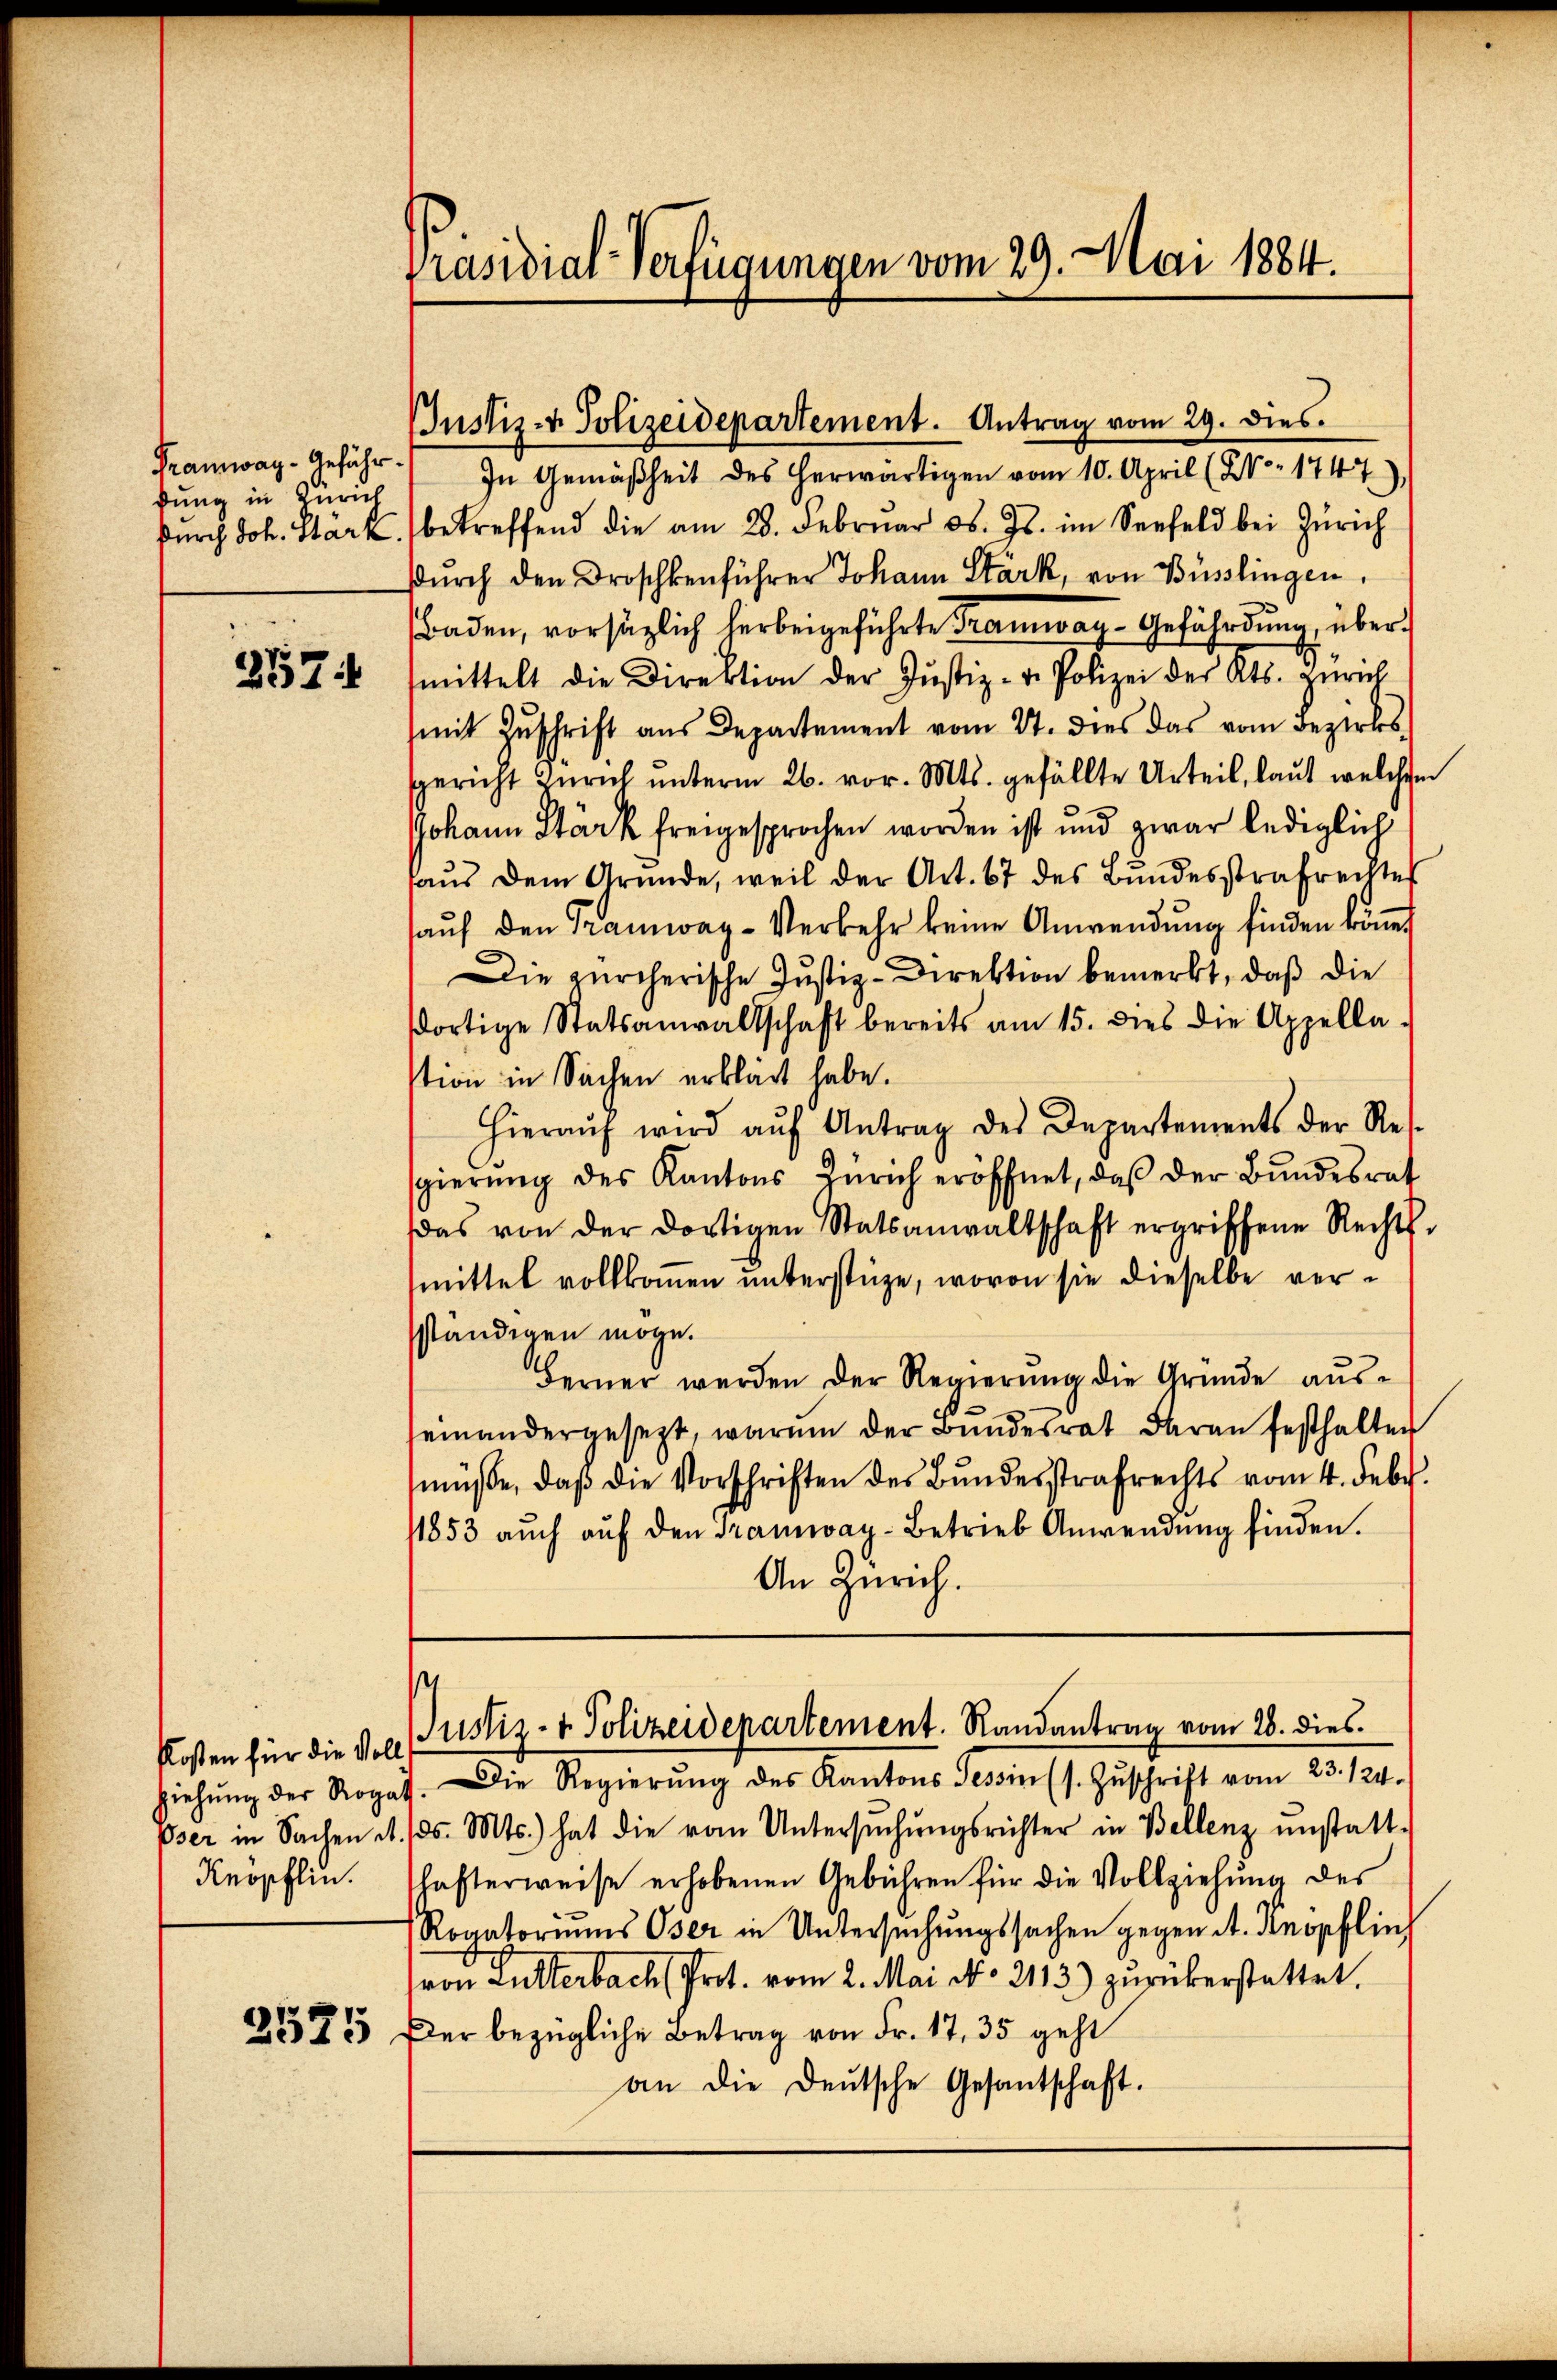
Tramway-Gefähr.
dung in Zürich
durch Joh. Stark.

257:

Knöpflin.

2525

f

Präsidial-Verfügungen vom 29. Mai 1884.

In Gemäßheit des herwärtigen vom 10. April (XVo. 1747)
betreffend die am 28. Febrŭar d. Js. im Seefeld bei Zürich
dŭrch den Droschkenführer Johann Stark, von Büsslingen,
Baden, vorsätzlich herbeigeführte Tramway-Gefährdung, übermittelt die Direktion der Justiz- u. Polizei des Kts. Zürich
(mit Zŭschrift aus Departement vom 27. dies das vom Bezirks-
gericht Zürich unterm 26. vor. Mts. gefällte Urteil, laut welchem
Johann Stärk freigesprochen worden ist und zwar lediglich
haus dem Grunde, weil der Art. 67 des Bundesstrafrechtes
aŭf den Tramway-Verkehr keine Anwendŭng finden könnt
Die zürcherische Justiz-Direktion bemerkt, daß die
dortige Statsanwaltschaft bereits am 15. dies die Appellastion in Sachen erklärt habe.
Hieraŭf wird aŭf Antrag des Departements der Re-
sgierŭng des Kantons Zürich eröffnet, daß der Bundesrat
das von der dortigen Statsanwaltschaft ergriffene Rechts-
mittel vollkoṁen unterstüze, wovon sie dieselbe verständigen möge.
Berner werden der Regierŭng die Gründe aŭs-
seinandergesezt, warum der Bundesrat daran festhalter
müße, daβ die Vorschriften des Bŭndesstrafrechts vom 4. Febr.
11853 aŭch aŭf den Tramway-Betrieb Anwendŭng finden.
An Zürich.
s
Kosten für die Voll ( Wz- & Polizeidepartement. Randantrag vom 28. dies
ziehŭng der Rogats. Die Regierŭng des Kantons Tessin (s. Zŭschrift vom 23. 124.)
Oser in Sachen d. d. Mts. hat die vom Untersŭchŭngsrichter in Bellenz instatt-
hafterweise erhobenen Gebühren für die Vollziehung des
Rogatoriŭms Oser in Untersŭchŭngssachen gegen A. Knopflin
ron Lutterbach (Prot. vom 2. Mai No 2113) zurükerstattet.
Der bezügliche Betrag von Fr. 17, 35 geht
an die Deutsche Gesantschaft.

Justiz- & Polizeidepartement. Antrag vom 29. dies